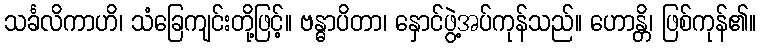
သင်္ခလိကာဟိ၊ သံခြေကျင်းတို့ဖြင့်။ ဗန္ဓာပိတာ၊ နှောင်ဖွဲ့အပ်ကုန်သည်။ ဟောန္တိ၊ ဖြစ်ကုန်၏။